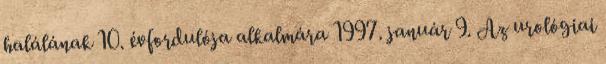
halálának 10. évfordulója alkalmára 1997. január 9. Az urológiai